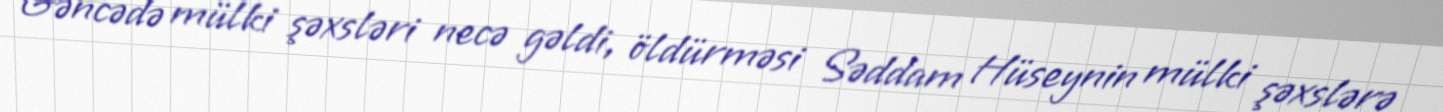
Gəncədə mülki şəxsləri necə gəldi, öldürməsi Səddam Hüseynin mülki şəxslərə